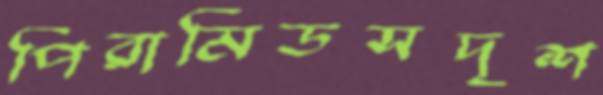
পিরামিডসদৃশ